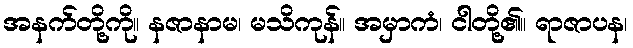
အနက်တို့ကို။ နဇာနာမ၊ မသိကုန်။ အမှာကံ၊ ငါတို့၏။ ရာဇာပန၊